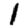
Digit: 1